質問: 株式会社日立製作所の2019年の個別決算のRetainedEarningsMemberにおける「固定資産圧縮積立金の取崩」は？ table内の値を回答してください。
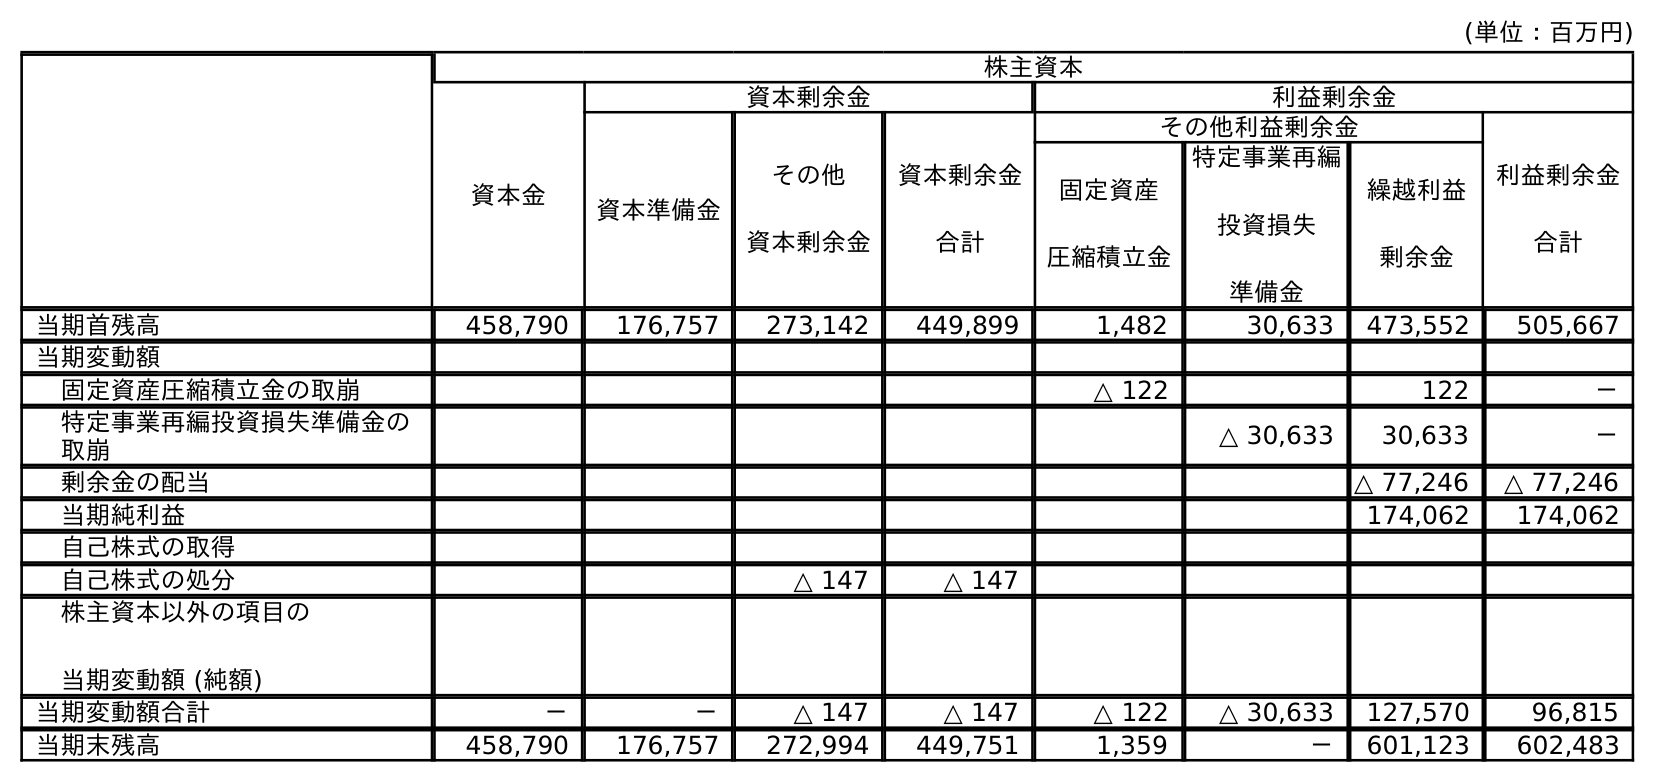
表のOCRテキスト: (単位：百万円) 株主資本 資本金 資本剰余金 利益剰余金 資本準備金 その他 資本剰余金 資本剰余金 合計 その他利益剰余金 利益剰余金 合計 固定資産 圧縮積立金 特定事業再編 投資損失 準備金 繰越利益 剰余金 当期首残高 458,790 176,757 273,142 449,899 1,482 30,633 473,552 505,667 当期変動額 固定資産圧縮積立金の取崩 △ 122 122 － 特定事業再編投資損失準備金の 取崩 △ 30,633 30,633 － 剰余金の配当 △ 77,246 △ 77,246 当期純利益 174,062 174,062 自己株式の取得 自己株式の処分 △ 147 △ 147 株主資本以外の項目の 当期変動額 (純額) 当期変動額合計 － － △ 147 △ 147 △ 122 △ 30,633 127,570 96,815 当期末残高 458,790 176,757 272,994 449,751 1,359 － 601,123 602,483
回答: －